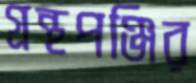
গ্রন্থপঞ্জির